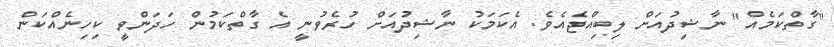
"ގާތްކަމެއް" ނާޝިދުއަށް ލިބިއްޖެއެވެ. އެކަމަކު ނާޝިދުއަށް ހުރެވުނީ އެ ގާތްކަމުން ހަދަންވީ ކިހިނެއްކަން